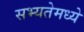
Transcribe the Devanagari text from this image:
सभ्यतेमध्ये